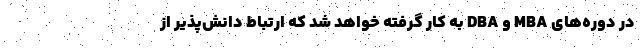
در دوره‌های MBA و DBA به کار گرفته خواهد شد که ارتباط دانش‌پذیر از